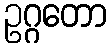
ဥဂ္ဂတော